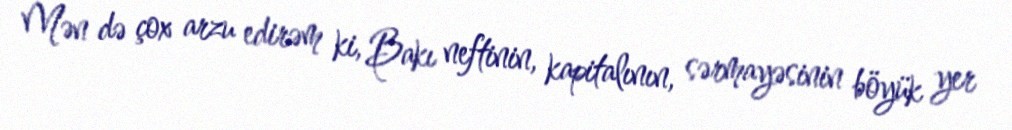
Mən də çox arzu edirəm ki, Bakı neftinin, kapitalının, sərmayəsinin böyük yer